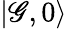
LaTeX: |\mathscr{G},0\rangle